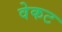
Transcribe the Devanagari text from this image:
वेकट